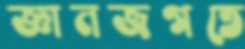
জ্ঞানজগতে